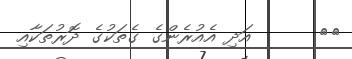
٣٤      އަދި އެއުރެންގެ ގެތަކުގެ ދޮރުތަކާއި